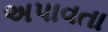
અપાવતા